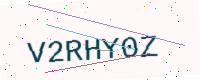
Text: V2RHY0Z